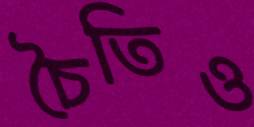
চৈতিও